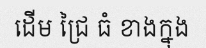
ដើម ជ្រៃ ធំ ខាងក្នុង